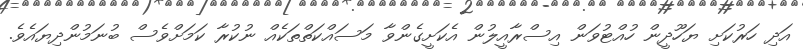
އަދި ހަރުކަށި ޔަހޫދީން ހުއްޓުވަން އިސްރާއީލުން އެކަށީގެންވާ މަސައްކަތްތަކެއް ނުކުރާ ކަމަށްވެސް ބުނަމުންދިޔައެވެ.